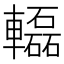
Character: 𨏒